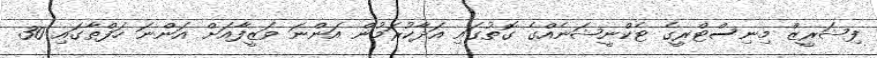
ފިޝަރީޒް މިނިސްޓްރީގެ ޓެކްނީޝަނެއްގެ ގޮތުގައި އަދާކުރަމުން އަންނަ ވަޒީފާއަށް އަންނަ ހަފްތާގައި 30